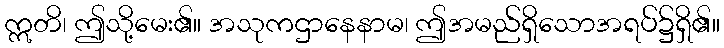
ဣတိ၊ ဤသို့မေး၏။ အသုကဌာနေနာမ၊ ဤအမည်ရှိသောအရပ်၌ရှိ၏။